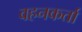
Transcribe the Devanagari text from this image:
वहनकर्ता